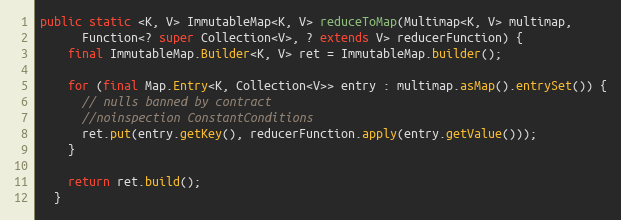
Language: Java
public static <K, V> ImmutableMap<K, V> reduceToMap(Multimap<K, V> multimap,
      Function<? super Collection<V>, ? extends V> reducerFunction) {
    final ImmutableMap.Builder<K, V> ret = ImmutableMap.builder();

    for (final Map.Entry<K, Collection<V>> entry : multimap.asMap().entrySet()) {
      // nulls banned by contract
      //noinspection ConstantConditions
      ret.put(entry.getKey(), reducerFunction.apply(entry.getValue()));
    }

    return ret.build();
  }